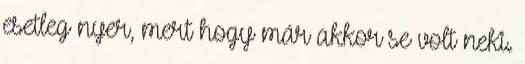
esetleg nyer, mert hogy már akkor se volt neki.